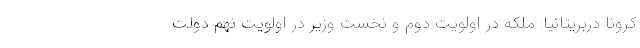
کرونا دربریتانیا: ملکه در اولویت دوم و نخست وزیر در اولویت نهم دولت